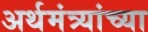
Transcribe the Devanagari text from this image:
अर्थमंत्र्यांच्या